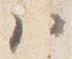
ハ